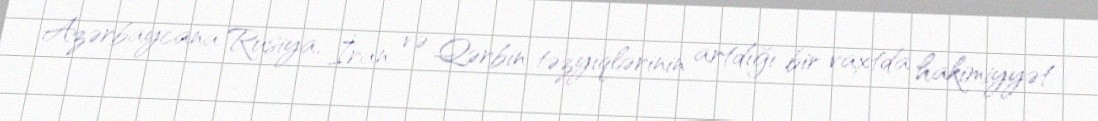
Azərbaycana Rusiya, İran və Qərbin təzyiqlərinin artdığı bir vaxtda hakimiyyət